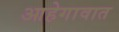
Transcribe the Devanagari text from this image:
आहेगावात